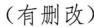
(有删改)